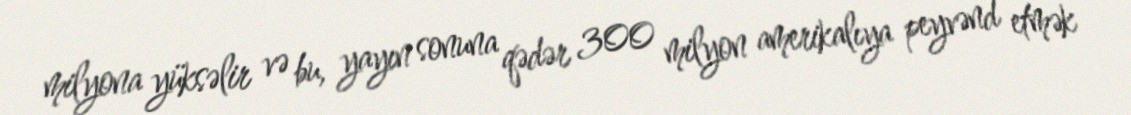
milyona yüksəlir və bu, yayın sonuna qədər 300 milyon amerikalıya peyvənd etmək